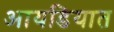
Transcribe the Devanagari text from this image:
आयडियात